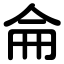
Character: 侖